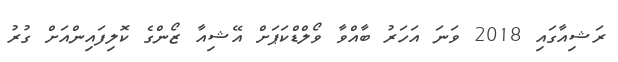
ރަޝިއާގައި 2018 ވަނަ އަހަރު ބާއްވާ ވޯލްޑްކަޕަށް އޭޝިއާ ޒޯންގެ ކޮލިފައިންއަށް ގުރު